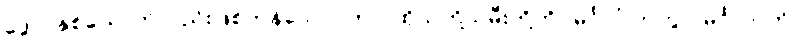
ဒွေပိ၊ နှစ်ယောက်လည်းဖြစ်ကုန်သော။ တာ၊ ထိုသတို့သမီးတို့ကို။ မင်္ဂလံ ကတွာ၊ မင်္ဂလာကို